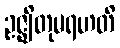
ဥဇ္ဈိတုမရဟတိ